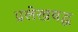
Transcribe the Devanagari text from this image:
प्रलेखबद्ध